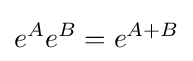
e^{A}e^{B}=e^{A+B}